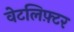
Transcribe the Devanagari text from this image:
वेटलिफ़्टर